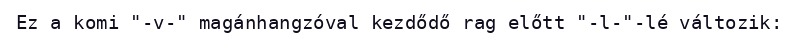
Ez a komi "-v-" magánhangzóval kezdődő rag előtt "-l-"-lé változik: